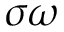
\sigma \omega